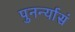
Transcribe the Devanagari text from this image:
पुनर्न्यासं